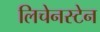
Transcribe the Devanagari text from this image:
लिचेनस्टेन